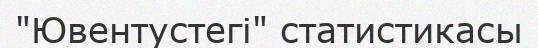
"Ювентустегі" статистикасы